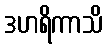
ဒဟရိကာသိ